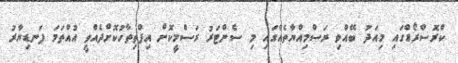
ކްރޮސްރޯޑްގައި މިއަދު ބޭއްވި ރަސްމިއްޔާތެއްގައި މި ސެންޓަރު ރަސްމީކޮށް އިފްތިތާހުކޮށްދެއްވީ އުއްތަމަ ފަނޑިޔާރު